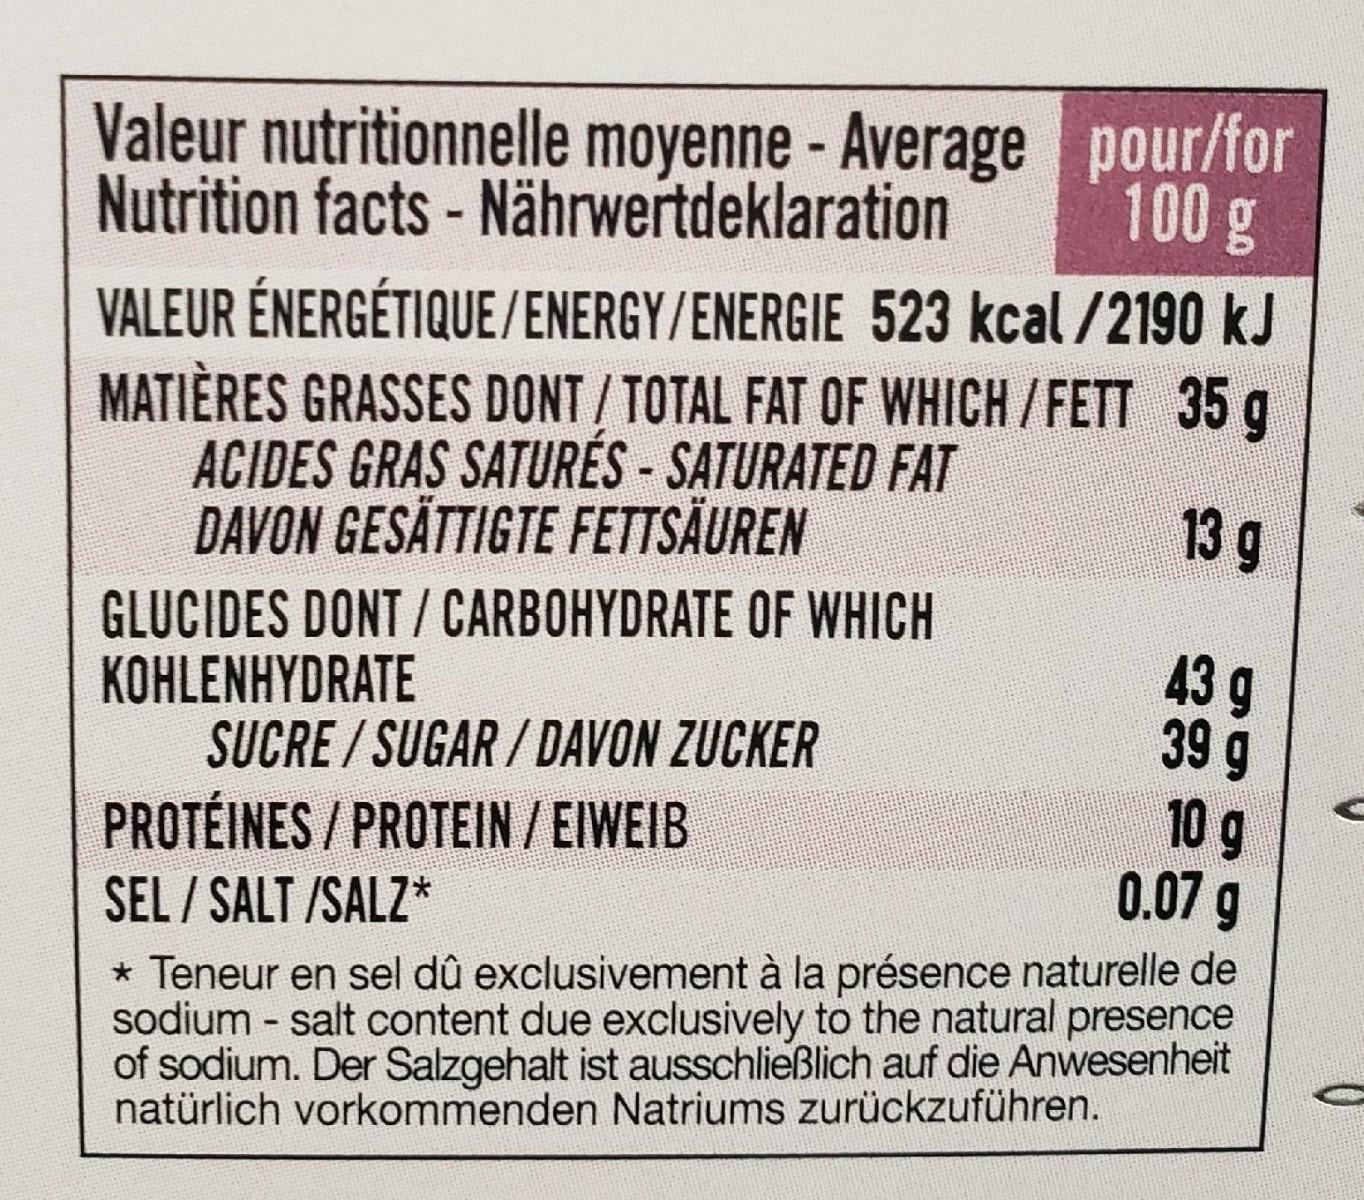
Valeur nutritionnelle moyenne - Average pour/for Nutrition facts - Nährwertdeklaration
100g
VALEUR ÉNERGÉTIQUE /ENERGY/ENERGIE 523 kcal /2190 kJ MATIÈRES GRASSES DONT/TOTAL FAT OF WHICH / FETT 35 g ACIDES GRAS SATURÉS - SATURATED FAT DAVON GESÄTTIGTE FETTSÄUREN
13 g
GLUCIDES DONT / CARBOHYDRATE OF WHICH KOHLENHYDRATE SUCRE/SUGAR/ DAVON ZUCKER
43 g 39 g 10 g 0.07 g
PROTÉINES / PROTEIN / EIWEIB
SEL / SALT /SALZ* * Teneur en sel dû exclusivement à la présence naturelle de sodium - salt content due exclusively to the natural presence of sodium. Der Salzgehalt ist ausschließlich auf die Anwesenheit natürlich vorkommenden Natriums zurückzuführen.